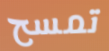
تمسح